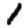
Digit: 1